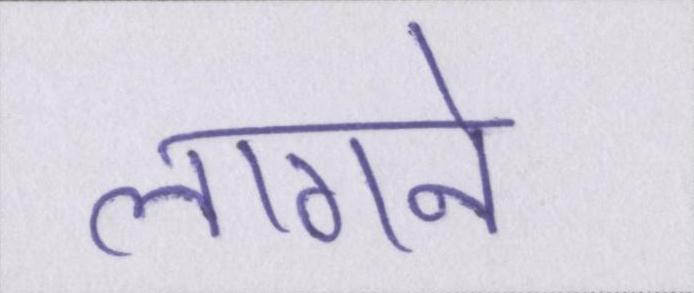
लागने